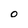
Character: O